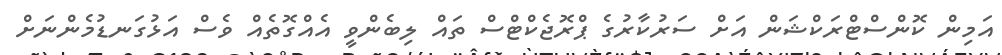
އަމިން ކޮންސްޓްރަކްޝަން އަށް ސަރުކާރުގެ ޕްރޮޖެކްޓްސް ތައް ލިބެންވީ އެއްގޮތެއް ވެސް އަޅުގަނޑުމެންނަށް